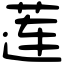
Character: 莲